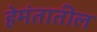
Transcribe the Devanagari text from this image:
हेमंतातील